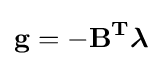
\mathbf {g} =-\mathbf {B^{T}} {\boldsymbol {\lambda }}